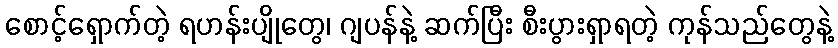
စောင့်ရှောက်တဲ့ ရဟန်းပျိုတွေ၊ ဂျပန်နဲ့ ဆက်ပြီး စီးပွားရှာရတဲ့ ကုန်သည်တွေနဲ့